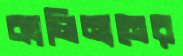
কালিনানের